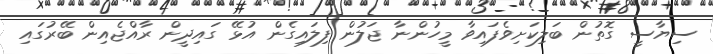
ސިޔާސީ ގޮތުން ބަލިކަށިވެފައިވާ މީހުންނާ ޖަލުން ފިލައިގެން އުޅޭ ގައިދީން ރާއްޖެއިން ބޭރުގައި